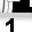
Digit: 1